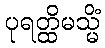
ပုရတ္ထိမသ္မိံ